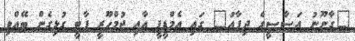
"ގާނޫނު އަސާސީގެ ދިފާއު" ގައި އެމްޑީޕީ އާއި ޖުމްހޫރީ ޕާޓީ ގުޅިގެން ބޭއްވި